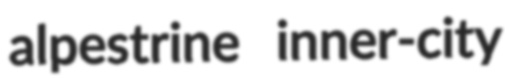
alpestrine inner-city